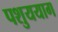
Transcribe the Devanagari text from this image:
पशुययाग